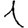
Digit: 1